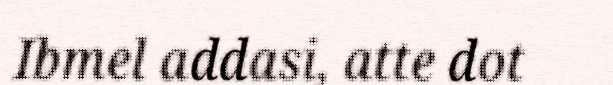
Ibmel addasi, atte dot